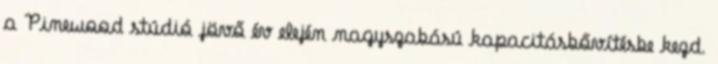
a Pinewood stúdió jövő év elején nagyszabású kapacitásbővítésbe kezd.